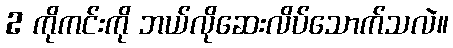
2 ကိုကင်းကို ဘယ်လိုဆေးလိပ်သောက်သလဲ။